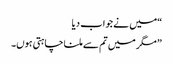
“میں نے جواب دیا
” مگر میں تم سے ملنا چاہتی ہوں۔